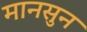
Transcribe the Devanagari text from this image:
मानसुन